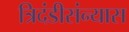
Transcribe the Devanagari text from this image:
त्रिदंडीसंन्यास